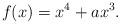
LaTeX: \begin{align*}f(x) = x^4 + ax^3.\end{align*}